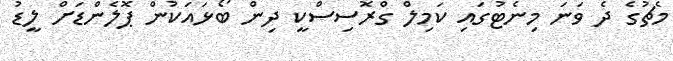
މެޗުގެ ދެ ވަނަ މިނެޓުގައި ކަމިލް ގްރޮސިސްކީ ދިން ބޯޅައަކުން ޕޮލެންޑަށް ލީޑު